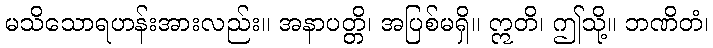
မသိသောရဟန်းအားလည်း။ အနာပတ္တိ၊ အပြစ်မရှိ။ ဣတိ၊ ဤသို့။ ဘဏိတံ၊